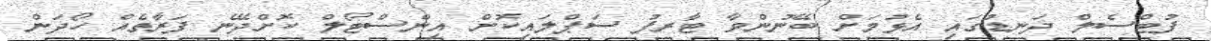
ފުޓްސެލް ދަނޑުގައި އެޅުމަށް ބޭނުންވާ ޓާރފު ސަޕްލައިކޮށް އިންސްޓޯލް ކޮށްދޭނެ ފަރާތެއް ހޯދަން